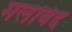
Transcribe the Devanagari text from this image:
मलेबिद्द